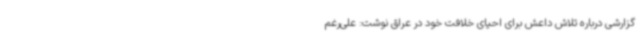
گزارشی درباره تلاش داعش برای احیای خلافت خود در عراق نوشت: علی‌رغم